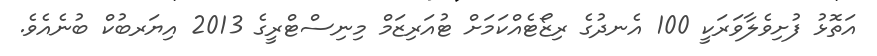
އަތޮޅު ފުށިވެލާވަރަކީ 100 އެނދުގެ ރިޒޯޓެއްކަމަށް ޓުއަރިޒަމް މިނިސްޓްރީގެ 2013 އިޔަރބުކް ބުނެއެވެ.